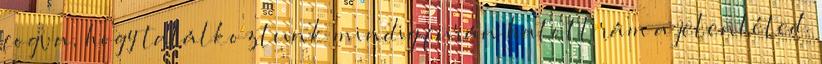
fogva, hogy találkoztunk mindig furán hatott rám a jelenléted.